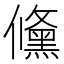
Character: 儵